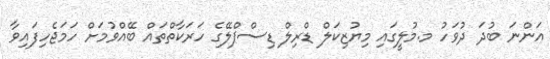
އަންނަ ބުދަ ދުވަހު މ.މުލީގައި މިޔުޒިކަލް ޑްރިލް ޑިސްޕްލޭގެ ހަރަކާތްތައް ބޭއްވުމަށް ހަމަޖެހިފައިވާ